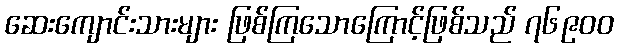
ဆေးကျောင်းသားများ ဖြစ်ကြသောကြောင့်ဖြစ်သည် ၇၆၉၀၀